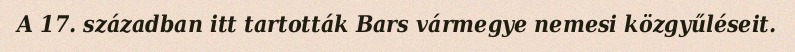
A 17. században itt tartották Bars vármegye nemesi közgyűléseit.